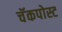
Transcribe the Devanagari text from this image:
चॅकपोस्ट